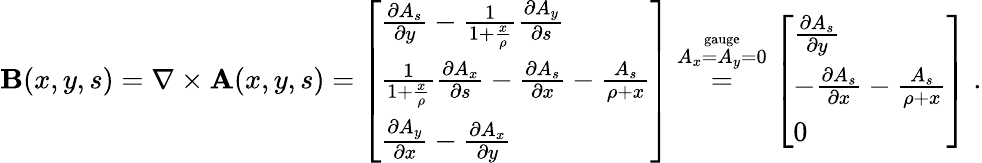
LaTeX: \textbf{B}(x,y,s)=\nabla\times\textbf{A}(x,y,s)=\left[\begin{array}{l}{\frac{\partial A_{s}}{\partial y}-\frac{1}{1+\frac{x}{\rho}}\frac{\partial A_{y}}{\partial s}}\\ {\frac{1}{1+\frac{x}{\rho}}\frac{\partial A_{x}}{\partial s}-\frac{\partial A_{s}}{\partial x}-\frac{A_{s}}{\rho+x}}\\ {\frac{\partial A_{y}}{\partial x}-\frac{\partial A_{x}}{\partial y}}\end{array}\right]\overset{\overset{\mathrm{gauge}}{A_{x}=A_{y}=0}}{=}\left[\begin{array}{l}{\frac{\partial A_{s}}{\partial y}}\\ {-\frac{\partial A_{s}}{\partial x}-\frac{A_{s}}{\rho+x}}\\ {0}\end{array}\right]\; .